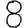
Digit: 8